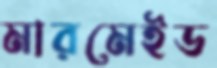
মারমেইড